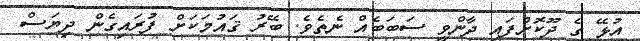
އުޅޭ ގެ ދޫކޮށްފައި ދާންވީ ސަބަބެއް ނެތެވެ. ބޭރު ޤައުމަކަށް ފުރައިގެން ދިޔަސް